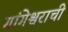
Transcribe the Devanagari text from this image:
गांगेश्वराची